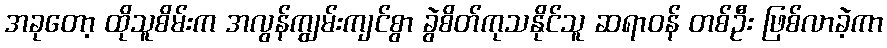
အခုတော့ ထိုသူစိမ်းက အလွန်ကျွမ်းကျင်စွာ ခွဲစိတ်ကုသနိုင်သူ ဆရာဝန် တစ်ဦး ဖြစ်လာခဲ့ကာ